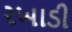
રખાડી